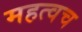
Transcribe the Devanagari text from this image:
महत्वच